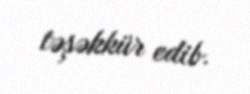
təşəkkür edib.